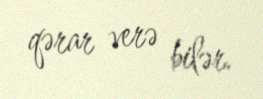
qərar verə bilər.